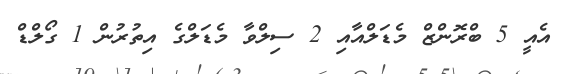
އެއީ 5 ބްރޮންޒް މެޑަލްއާއި 2 ސިލްވާ މެޑަލްގެ އިތުރުން 1 ގޯލްޑް